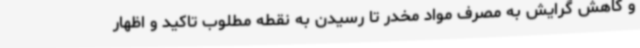
و کاهش گرایش به مصرف مواد مخدر تا رسیدن به نقطه مطلوب تاکید و اظهار